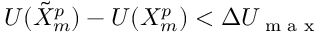
U ( \tilde { X } _ { m } ^ { p } ) - U ( X _ { m } ^ { p } ) < \Delta U _ { \textrm { m a x } }